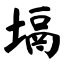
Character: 塥